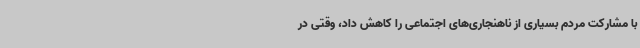
با مشارکت مردم بسیاری از ناهنجاری‌های اجتماعی را کاهش داد، وقتی در